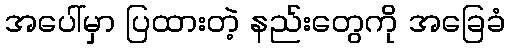
အပေါ်မှာ ပြထားတဲ့ နည်းတွေကို အခြေခံ